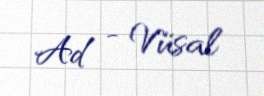
Ad - Vüsal